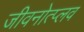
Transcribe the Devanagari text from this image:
जीवनोत्प्लव